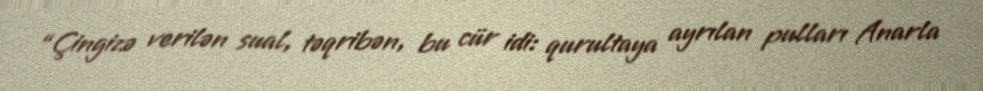
“Çingizə verilən sual, təqribən, bu cür idi: qurultaya ayrılan pulları Anarla